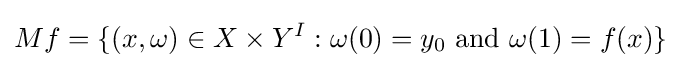
Mf=\{(x,\omega )\in X\times Y^{I}:\omega (0)=y_{0}{\mbox{ and }}\omega (1)=f(x)\}